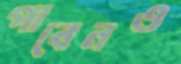
পাবেনও